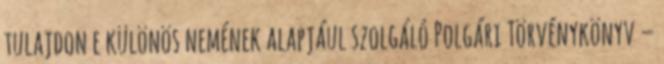
tulajdon e különös nemének alapjául szolgáló Polgári Törvénykönyv –